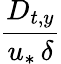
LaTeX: \frac{D_{t,y}}{u_{*}\, \delta}